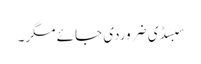
سبسڈی ضروردی جائے مگر۔